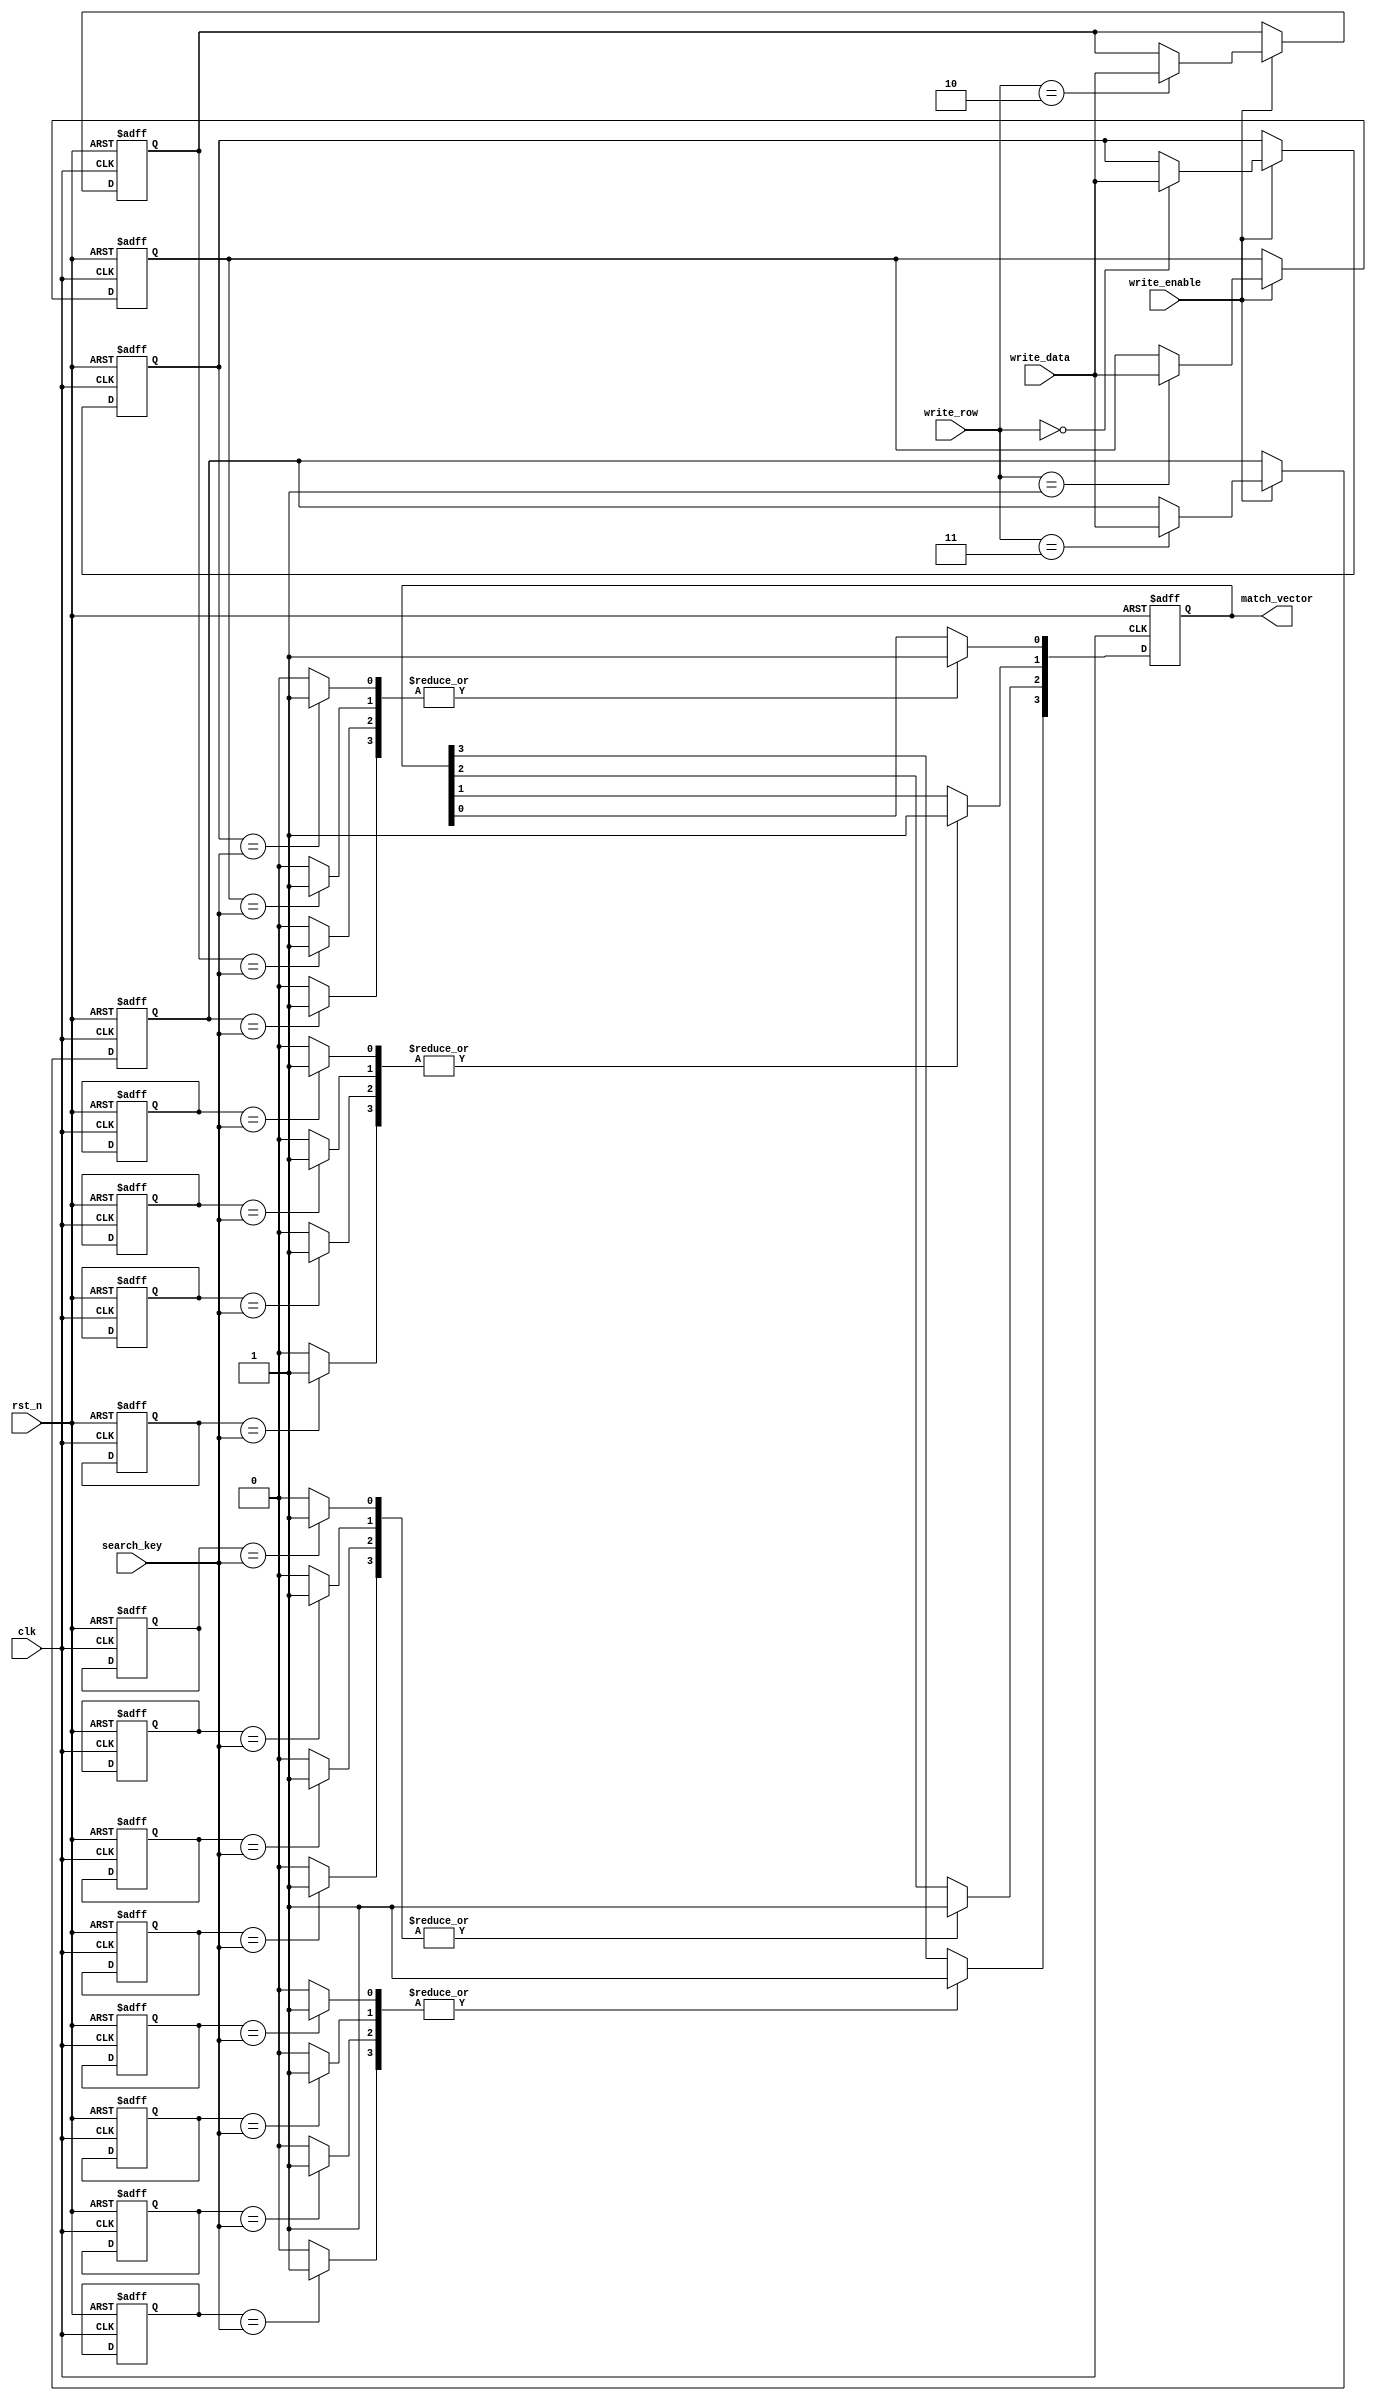
module row_based_cam #(
    parameter DATA_WIDTH = 8,      // Width of each data entry
    parameter NUM_ROWS = 4,        // Number of rows in the CAM
    parameter ENTRIES_PER_ROW = 4  // Number of entries per row
)(
    input wire clk,                 // Clock signal
    input wire rst_n,               // Active low reset
    input wire [DATA_WIDTH-1:0] search_key, // Input data to search
    input wire [DATA_WIDTH-1:0] write_data, // Data to write
    input wire [1:0] write_row,     // Row to write data to
    input wire write_enable,         // Enable write operation
    output reg [NUM_ROWS-1:0] match_vector // Match output for each row
);

    // Memory array to hold the CAM entries
    reg [DATA_WIDTH-1:0] cam_memory[NUM_ROWS-1:0][ENTRIES_PER_ROW-1:0];
    reg [ENTRIES_PER_ROW-1:0] match_signals[NUM_ROWS-1:0]; // Match signals for each row

    integer i, j;

    // Reset and initialization
    always @(posedge clk or negedge rst_n) begin
        if (!rst_n) begin
            // Clear all CAM entries on reset
            for (i = 0; i < NUM_ROWS; i = i + 1) begin
                for (j = 0; j < ENTRIES_PER_ROW; j = j + 1) begin
                    cam_memory[i][j] <= {DATA_WIDTH{1'b0}};
                end
                match_signals[i] <= {ENTRIES_PER_ROW{1'b0}};
            end
            match_vector <= {NUM_ROWS{1'b0}};
        end else begin
            // Write operation
            if (write_enable) begin
                cam_memory[write_row] <= write_data; // Write data to specified row
            end

            // Search operation
            match_vector <= {NUM_ROWS{1'b0}}; // Clear match vector
            for (i = 0; i < NUM_ROWS; i = i + 1) begin
                match_signals[i] = {ENTRIES_PER_ROW{1'b0}}; // Clear match signals for the row
                for (j = 0; j < ENTRIES_PER_ROW; j = j + 1) begin
                    if (cam_memory[i][j] == search_key) begin
                        match_signals[i][j] = 1'b1; // Set match signal if there's a match
                    end
                end
                // If any entry in the row matches, set the match vector for that row
                if (|match_signals[i]) begin
                    match_vector[i] = 1'b1;
                end
            end
        end
    end

endmodule